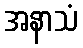
အနာသံ